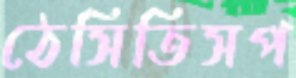
ঠেসিতিসপ